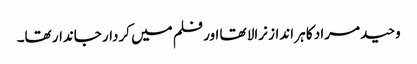
وحید مراد کا ہر انداز نرالا تھا اور فلم میں کردار جاندار تھا۔